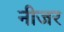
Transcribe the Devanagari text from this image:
नीजर